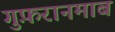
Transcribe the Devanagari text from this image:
गुफ़रानमाब